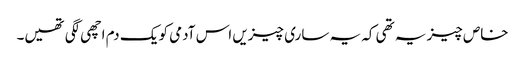
خاص چیز یہ تھی کہ یہ ساری چیزیں اس آدمی کو یک دم اچھی لگی تھیں۔